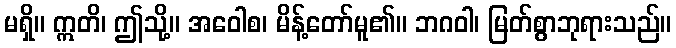
မရှိ။ ဣတိ၊ ဤသို့။ အဝေါစ၊ မိန့်တော်မူ၏။ ဘဂဝါ၊ မြတ်စွာဘုရားသည်။